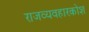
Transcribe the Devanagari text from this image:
राजव्यवहारकोश